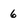
Character: 6